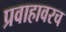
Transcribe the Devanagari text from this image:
प्रवाहावरच